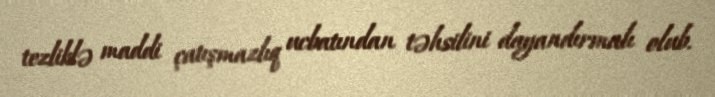
tezliklə maddi çatışmazlıq ucbatından təhsilini dayandırmalı olub.